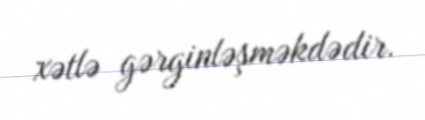
xətlə gərginləşməkdədir.